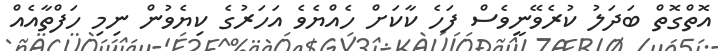
އޮތްގޮތް ބަދަލު ކުރެވޭނީވެސް ފަހެ ކާކަށް ހެއްޔެވެ އަހަރުގެ ކިޔެވުން ނިމި ހަފްތާއެއް